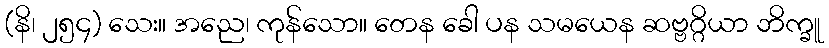
(နိ၊ ၂၅၄) သေး။ အညေ၊ ကုန်သော။ တေန ခေါ ပန သမယေန ဆဗ္ဗဂ္ဂိယာ ဘိက္ခူ